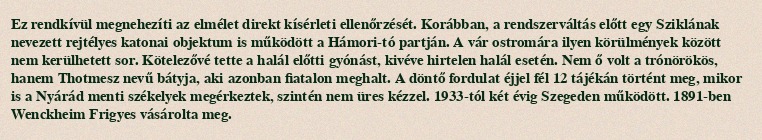
Ez rendkívül megnehezíti az elmélet direkt kísérleti ellenőrzését. Korábban, a rendszerváltás előtt egy Sziklának nevezett rejtélyes katonai objektum is működött a Hámori-tó partján. A vár ostromára ilyen körülmények között nem kerülhetett sor. Kötelezővé tette a halál előtti gyónást, kivéve hirtelen halál esetén. Nem ő volt a trónörökös, hanem Thotmesz nevű bátyja, aki azonban fiatalon meghalt. A döntő fordulat éjjel fél 12 tájékán történt meg, mikor is a Nyárád menti székelyek megérkeztek, szintén nem üres kézzel. 1933-tól két évig Szegeden működött. 1891-ben Wenckheim Frigyes vásárolta meg.